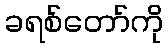
ခရစ်တော်ကို